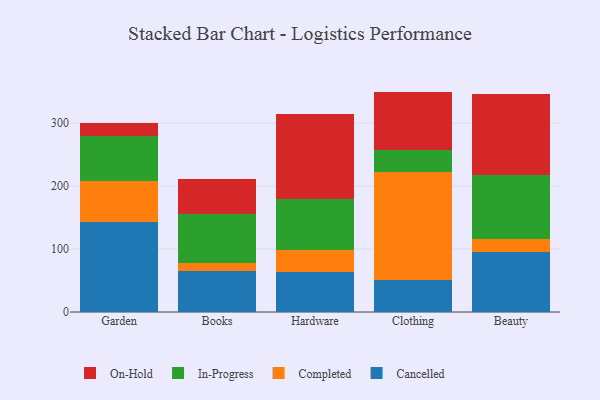
{"axis": {"x": "Category", "y": "Customer Acquisition Cost (USD)"}, "legend": ["Cancelled", "Completed", "In-Progress", "On-Hold"], "data": [{"x": "Garden", "y": 142.9, "type": "Cancelled"}, {"x": "Garden", "y": 65.9, "type": "Completed"}, {"x": "Garden", "y": 70.2, "type": "In-Progress"}, {"x": "Garden", "y": 21.1, "type": "On-Hold"}, {"x": "Books", "y": 65.9, "type": "Cancelled"}, {"x": "Books", "y": 12.7, "type": "Completed"}, {"x": "Books", "y": 77.6, "type": "In-Progress"}, {"x": "Books", "y": 54.9, "type": "On-Hold"}, {"x": "Hardware", "y": 63.8, "type": "Cancelled"}, {"x": "Hardware", "y": 34.9, "type": "Completed"}, {"x": "Hardware", "y": 80.7, "type": "In-Progress"}, {"x": "Hardware", "y": 134.9, "type": "On-Hold"}, {"x": "Clothing", "y": 50.9, "type": "Cancelled"}, {"x": "Clothing", "y": 171.5, "type": "Completed"}, {"x": "Clothing", "y": 34.5, "type": "In-Progress"}, {"x": "Clothing", "y": 93.2, "type": "On-Hold"}, {"x": "Beauty", "y": 95.9, "type": "Cancelled"}, {"x": "Beauty", "y": 20.6, "type": "Completed"}, {"x": "Beauty", "y": 100.9, "type": "In-Progress"}, {"x": "Beauty", "y": 129.4, "type": "On-Hold"}]}